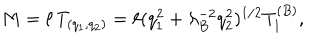
LaTeX: M = \ell \, T _ { ( q _ { 1 } , q _ { 2 } ) } = \ell ( q _ { 1 } ^ { 2 } + \lambda _ { B } ^ { - 2 } q _ { 2 } ^ { 2 } ) ^ { 1 / 2 } T _ { 1 } ^ { ( B ) } ,